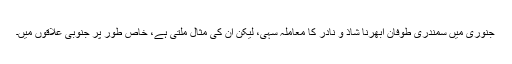
جنوری میں سمندری طوفان ابھرنا شاذ و نادر کا معاملہ سہی، لیکن اِن کی مثال ملتی ہے، خاص طور پر جنوبی علاقوں میں۔